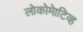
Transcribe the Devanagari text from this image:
लोकोमेाटिव्ह